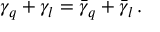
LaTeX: \gamma _ { q } + \gamma _ { l } = \bar { \gamma } _ { q } + \bar { \gamma } _ { l } \, .